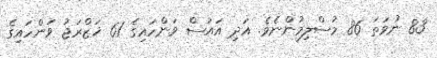
83 ނުވަތަ 86 މުސްލިމުންނެވެ. އަދި އައުސް ވަންހައިގެ 61 ޚަޒްރަޖު ވަންހައިގެ